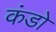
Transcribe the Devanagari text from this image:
कंडो